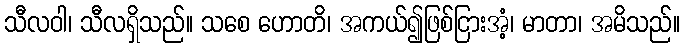
သီလဝါ၊ သီလရှိသည်။ သစေ ဟောတိ၊ အကယ်၍ဖြစ်ငြားအံ့၊ မာတာ၊ အမိသည်။